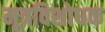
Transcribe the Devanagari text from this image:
मूत्रविशोधक